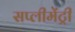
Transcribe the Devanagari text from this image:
सप्लीमेंट्री